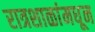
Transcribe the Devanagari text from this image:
रात्रशाळांमधून